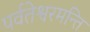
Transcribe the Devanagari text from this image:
पर्वतेश्वरमन्ति